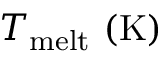
T _ { \mathrm { m e l t } } ~ \mathrm { { ( K ) } }